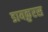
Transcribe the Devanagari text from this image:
डायक्रुरस